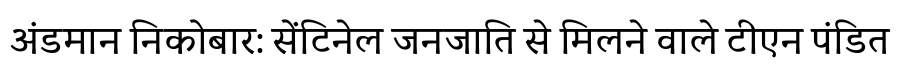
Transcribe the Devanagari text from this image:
अंडमान निकोबार: सेंटिनेल जनजाति से मिलने वाले टीएन पंडित